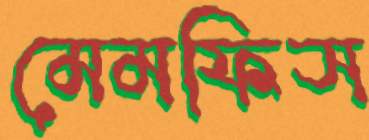
মেমফিস